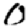
Digit: 0